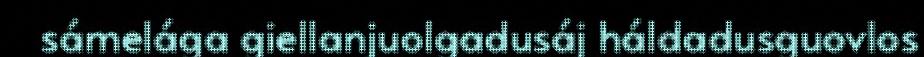
sámelága giellanjuolgadusáj háldadusguovlos